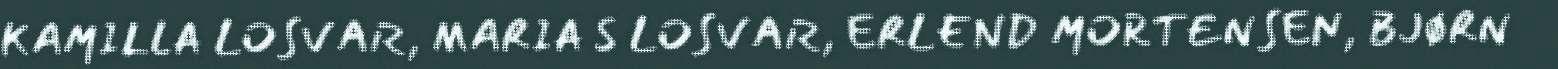
KAMILLA LOSVAR, MARIA S LOSVAR, ERLEND MORTENSEN, BJØRN